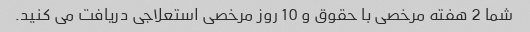
شما 2 هفته مرخصی با حقوق و 10 روز مرخصی استعلاجی دریافت می کنید.